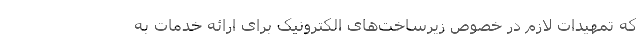
که تمهیدات لازم در خصوص زیرساخت‌های الکترونیک برای ارائه خدمات به